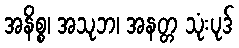
အနိစ္စ၊ အသုဘ၊ အနတ္တ သုံးပုဒ်